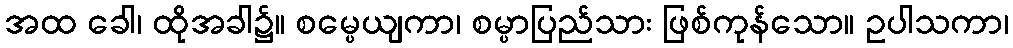
အထ ခေါ၊ ထိုအခါ၌။ စမ္ပေယျကာ၊ စမ္ပာပြည်သား ဖြစ်ကုန်သော။ ဥပါသကာ၊